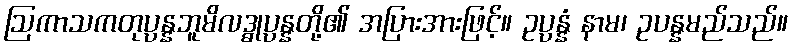
ဩကာသကတုပ္ပန္နဘူမိလဒ္ဓုပ္ပန္နတို့၏ အပြားအားဖြင့်။ ဥပ္ပန္နံ နာမ၊ ဥပန္နမည်သည်။